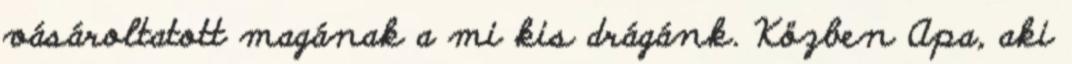
vásároltatott magának a mi kis drágánk. Közben Apa, aki